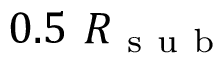
0 . 5 \ R _ { \mathrm { ~ s ~ u ~ b ~ } }